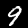
Label: 9